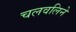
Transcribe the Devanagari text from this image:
चलवलिने